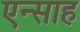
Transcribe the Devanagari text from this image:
एन्साह